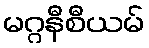
မဂ္ဂနီစီယမ်